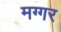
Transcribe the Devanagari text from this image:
मग्गर